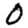
Digit: 0